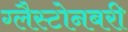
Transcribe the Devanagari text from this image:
ग्लैस्टोनबरी